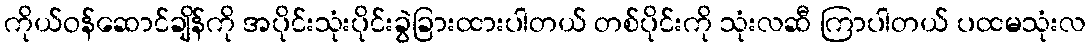
ကိုယ်ဝန်ဆောင်ချိန်ကို အပိုင်းသုံးပိုင်းခွဲခြားထားပါတယ် တစ်ပိုင်းကို သုံးလဆီ ကြာပါတယ် ပထမသုံးလ